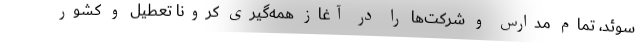
سوئد، تمام مدارس و شرکت‌ها را در آغاز همه‌گیری کرونا تعطیل و کشور